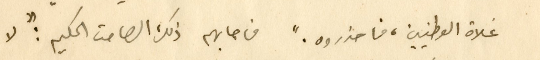
غلاة الوطنيين، فاحذروه." فاجابهم ذلك الصامت الحكيم: "لا